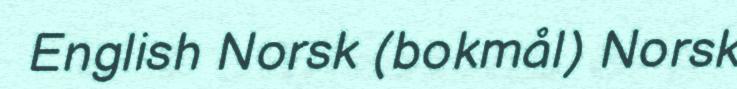
English Norsk (bokmål) Norsk